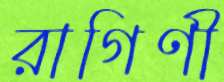
রাগিণী